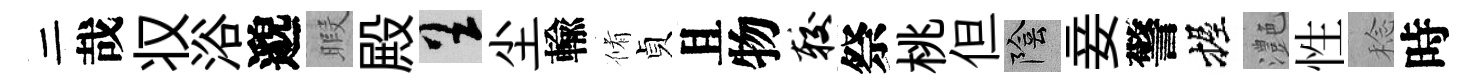
二哉𠬧浴邈暇殿呈尘輸脩貞且物较祭桃但陰妾警握灔性稔時